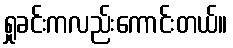
ရှုခင်းကလည်းကောင်းတယ်။